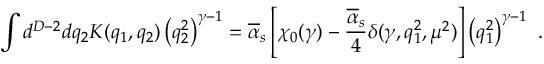
\int d ^ { D - 2 } d q _ { 2 } K ( q _ { 1 } , q _ { 2 } ) \left( q _ { 2 } ^ { 2 } \right) ^ { \gamma - 1 } = \overline { { { \alpha } } } _ { s } \left[ \chi _ { 0 } ( \gamma ) - \frac { \overline { { { \alpha } } } _ { s } } { 4 } \delta ( \gamma , q _ { 1 } ^ { 2 } , \mu ^ { 2 } ) \right] \left( q _ { 1 } ^ { 2 } \right) ^ { \gamma - 1 } ~ .